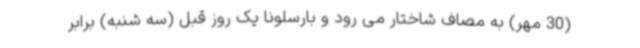
(30 مهر) به مصاف شاختار می رود و بارسلونا یک روز قبل (سه شنبه) برابر